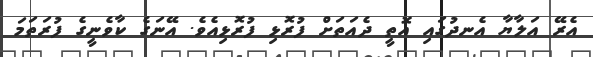
އެރޭ އަލާޔާ އެނދުގައި އޮތީ ދެއަތަށް ފުރޮޅި ފުރޮޅިއެވެ. އޭނަގެ ކާވެނީގެ ފުރަތަމަ